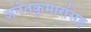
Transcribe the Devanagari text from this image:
अनंतकुमारांसह